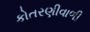
કોતરણીવાળી